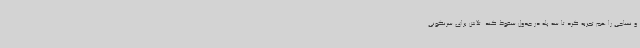
و نساجی را هم تجربه کرد تا سه پله در جدول سقوط کند. تلاش برای سرنگونی